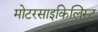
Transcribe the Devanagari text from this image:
मोटरसाइकिलिस्ट